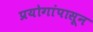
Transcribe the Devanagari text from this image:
प्रयोगांपासून